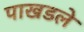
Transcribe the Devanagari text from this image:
पाखडले